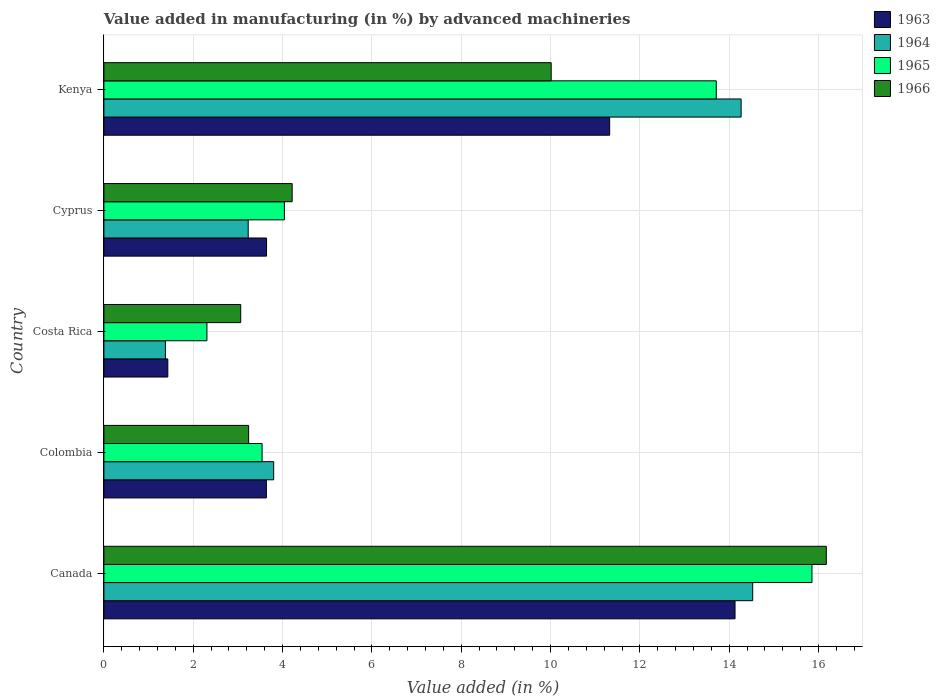
| Country | 1963 | 1964 | 1965 | 1966 |
 | --- | --- | --- | --- | --- |
 | Canada | 14.1 | 14.5 | 15.9 | 16.2 |
 | Colombia | 3.64 | 3.8 | 3.54 | 3.24 |
 | Costa Rica | 1.43 | 1.38 | 2.31 | 3.06 |
 | Cyprus | 3.64 | 3.23 | 4.04 | 4.22 |
 | Kenya | 11.3 | 14.3 | 13.7 | 10 |